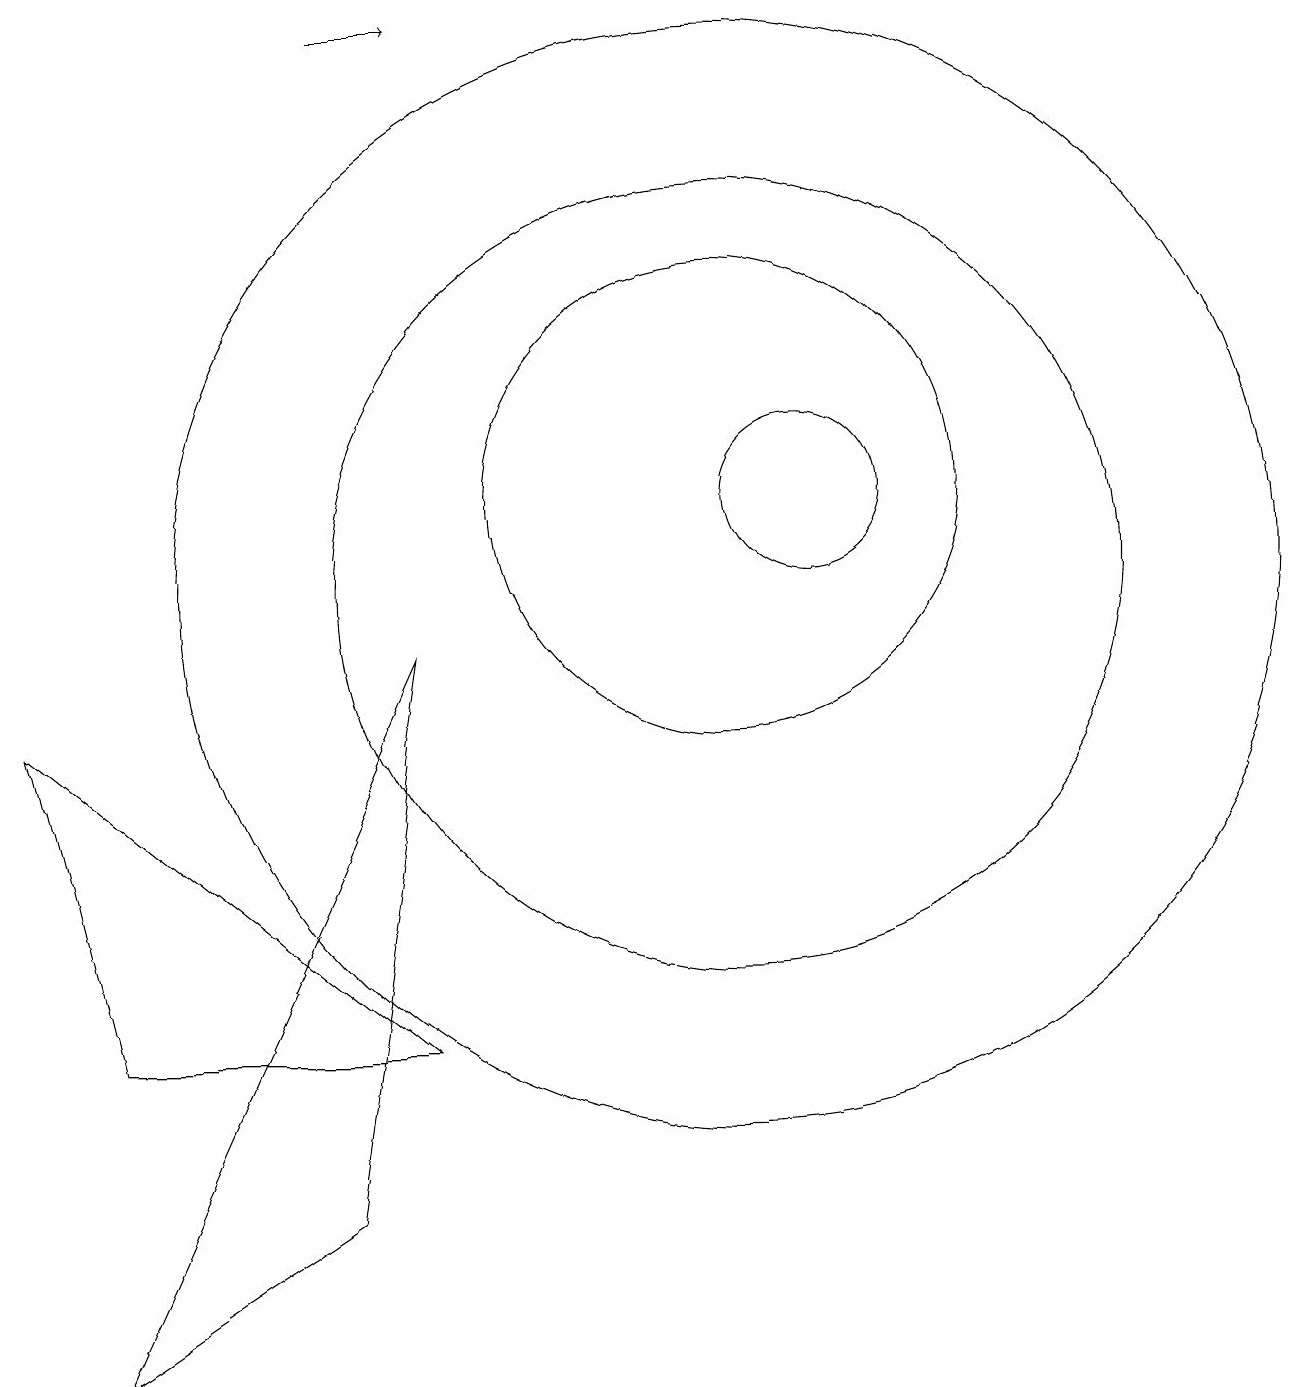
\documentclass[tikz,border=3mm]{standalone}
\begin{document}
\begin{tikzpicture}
\draw (11,10) circle (5);
\draw[->] (6,17) -- (7,17);
\draw (12,11) circle (1);
\draw (11,11) circle (3);
\draw (11,10) circle (7);
\draw (3,0) -- (7,9) -- (6,2) -- cycle;
\draw (3,4) -- (7,4) -- (2,8) -- cycle;
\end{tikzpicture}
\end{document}